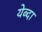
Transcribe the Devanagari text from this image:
येब्दा